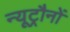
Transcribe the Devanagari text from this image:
न्यूट्रौनों